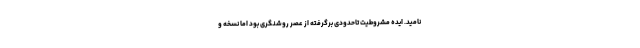
نامید. ایده مشروطیت تاحدودی برگرفته از عصر روشنگری بود اما نسخه و